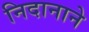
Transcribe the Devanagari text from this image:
निदानाने